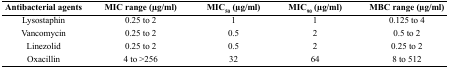
<table><thead><tr><td><b>Antibacterial agents</b></td><td><b>MIC range (μg/ml)</b></td><td><b>MIC<sub>50</sub> (μg/ml)</b></td><td><b>MIC<sub>90</sub> (μg/ml)</b></td><td><b>MBC range (μg/ml)</b></td></tr></thead><tbody><tr><td>Lysostaphin</td><td>0.25 to 2</td><td>1</td><td>1</td><td>0.125 to 4</td></tr><tr><td>Vancomycin</td><td>0.25 to 2</td><td>0.5</td><td>2</td><td>0.5 to 2</td></tr><tr><td>Linezolid</td><td>0.25 to 2</td><td>0.5</td><td>2</td><td>0.25 to 2</td></tr><tr><td>Oxacillin</td><td>4 to &gt;256</td><td>32</td><td>64</td><td>8 to 512</td></tr></tbody></table>